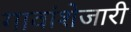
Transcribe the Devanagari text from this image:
गावांशेजारी